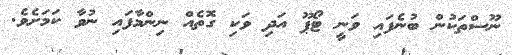
ނޫސްތަކުން ބުނެފައި ވަނީ ޓޯޕޫ އަދި ވަކި ގޮތެއް ނިންމާފައި ނުވާ ކަމަށެވެ.